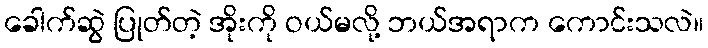
ခေါက်ဆွဲ ပြုတ်တဲ့ အိုးကို ဝယ်မလို့ ဘယ်အရာက ကောင်းသလဲ။